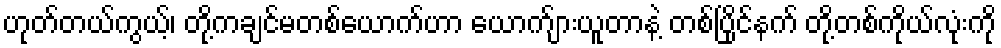
ဟုတ်တယ်ကွယ့်၊ တို့ကချင်မတစ်ယောက်ဟာ ယောက်ျားယူတာနဲ့ တစ်ပြိုင်နက် တို့တစ်ကိုယ်လုံးကို